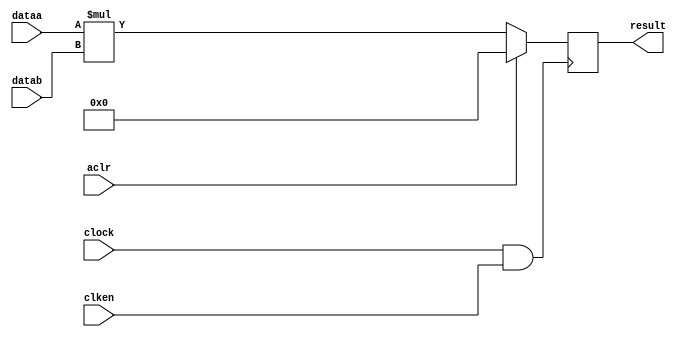
module local_mult_64_64_128(
dataa,
datab,
clock,
clken,
aclr,
result
);

input [64-1:0] dataa;
input [64-1:0] datab;
input clock;
input clken;
input aclr;
output reg [128-1:0] result;

wire [64-1:0] unsignedinputA;
wire [64-1:0] unsignedinputB;
wire [128-1:0] unsignedoutputP;

wire gated_clock;

assign unsignedinputA = dataa;
assign unsignedinputB = datab;

assign unsignedoutputP = unsignedinputA * unsignedinputB;

assign gated_clock = clock & clken;

always @(posedge gated_clock)begin
    if(aclr)begin
       result <= 0;
    end
    else
       result <= unsignedoutputP; 
end
endmodule